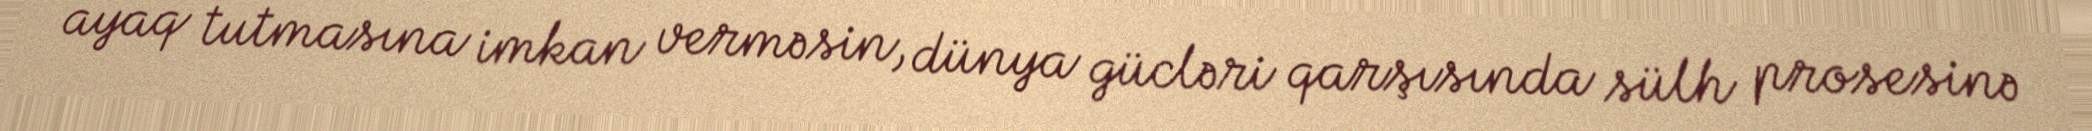
ayaq tutmasına imkan verməsin, dünya gücləri qarşısında sülh prosesinə